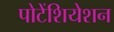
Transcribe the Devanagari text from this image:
पोटेंशियेशन